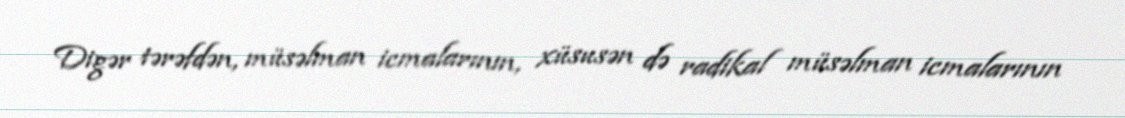
Digər tərəfdən, müsəlman icmalarının, xüsusən də radikal müsəlman icmalarının